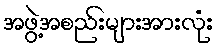
အဖွဲ့အစည်းများအားလုံး